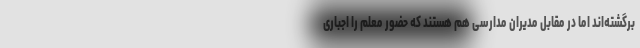
برگشته‌اند اما در مقابل مدیران مدارسی هم هستند که حضور معلم را اجباری